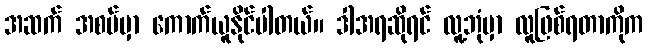
အဆက် အစပ်မှာ ကောက်ယူနိုင်ပါတယ်။ ဒါအရဆိုရင် လူ့ဘုံမှာ လူဖြစ်ရတာကိုက